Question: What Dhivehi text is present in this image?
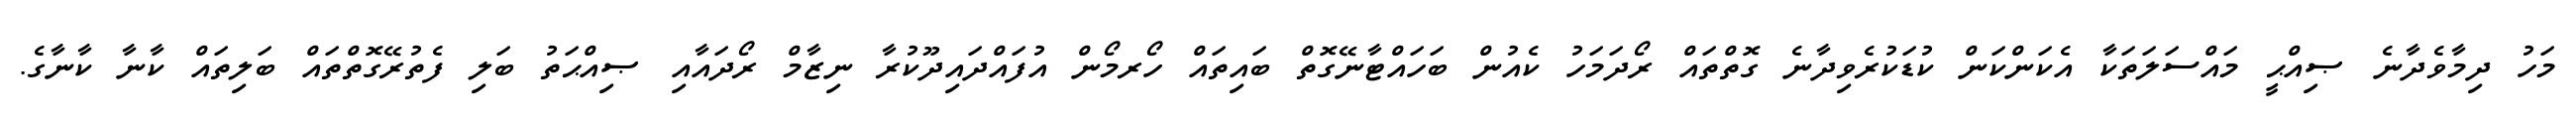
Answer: މަހު ދިމާވެދާނެ ޞިއްޙީ މައްސަލަތަކާ އެކަންކަން ކުޑަކުރެވިދާނެ ގޮތްތައް ރޯދަމަހު ކެއުން ބަހައްޓާނޭގޮތް ބައިތައް ހޯރމޯން އުފައްދައިދޫކުރާ ނިޒާމް ރޯދައާއި ޞިއްޙަތު ބަލި ފެތުރޭގޮތްތައް ބަލިތައް ކާނާ ކާނާގެ.